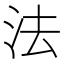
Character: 法